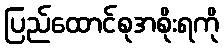
ပြည်ထောင်စုအစိုးရကို